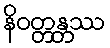
နိဝတ္တန္တဿ